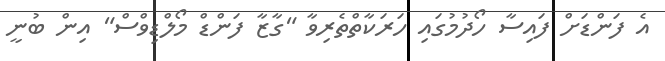
އެ ފަންޑަށް ފައިސާ ހޯދުމުގައި ހަރަކާތްތެރިވާ "ގާޒާ ފަންޑް މޯލްޑިވްސް" އިން ބުނީ